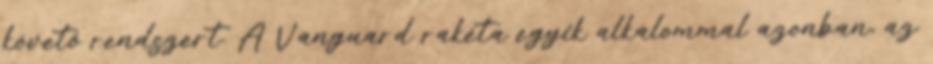
követő rendszert. A Vanguard rakéta egyik alkalommal azonban, az